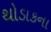
થોડાકના